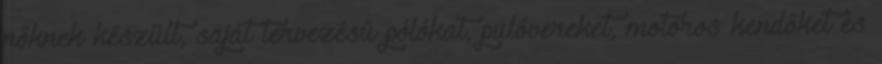
nőknek készült, saját tervezésű pólókat, pulóvereket, motoros kendőket és